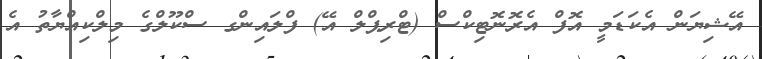
އޭޝިޔަން އެކަޑަމީ އޮފް އެރޮނޮޓިކްސް (ޓްރިޕްލް އޭ) ފްލައިންގ ސްކޫލްގެ މިލްކިއްޔާތު އެ